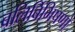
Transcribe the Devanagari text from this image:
बलिर्बिभिषणो